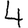
Digit: 4